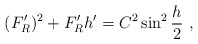
\begin{align*}(F'_R)^2 + F'_R h' = C^2 \sin^2{\frac{h}{2}} \ ,\end{align*}